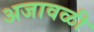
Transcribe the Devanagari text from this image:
अजावळी